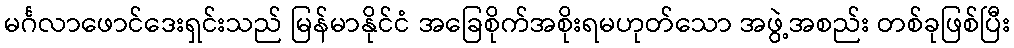
မင်္ဂလာဖောင်ဒေးရှင်းသည် မြန်မာနိုင်ငံ အခြေစိုက်အစိုးရမဟုတ်သော အဖွဲ့အစည်း တစ်ခုဖြစ်ပြီး